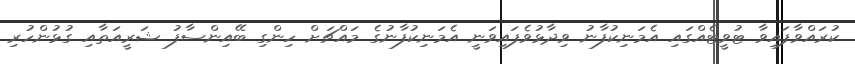
ކުރައްވާފައިވާ ޓުވީޓެއްގައި އެމަނިކުފާނު ވިދާޅުވެފައިވަނީ އެމަނިކުފާނުގެ މައްޗަށް ހިންގި ބޭއިންސާފު ޝަރީއަތާއި ގުޅުންހުރި